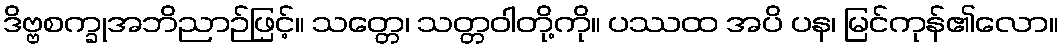
ဒိဗ္ဗစက္ခုအဘိညာဉ်ဖြင့်။ သတ္တေ၊ သတ္တဝါတို့ကို။ ပဿထ အပိ ပန၊ မြင်ကုန်၏လော။